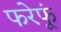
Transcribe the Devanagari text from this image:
फरेफूं